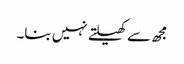
مجھ سے کھیلتے نہیں بنا۔